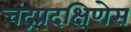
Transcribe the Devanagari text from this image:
चंद्रप्रदक्षिणेस